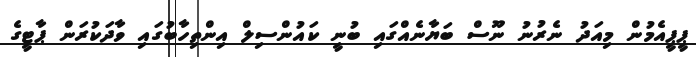
ޕީޕީއެމުން މިއަދު ނެރުނު ނޫސް ބަޔާނެއްގައި ބުނީ ކައުންސިލް އިންތިހާބުގައި ވާދަކުރަން ޕާޓީގެ